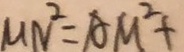
M N ^ { 2 } = A M ^ { 2 } +